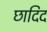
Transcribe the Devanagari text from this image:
छादिद